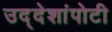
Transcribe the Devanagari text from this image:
उद्देशांपोटी